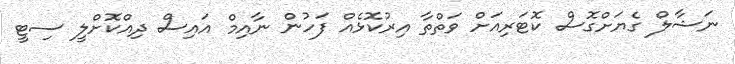
ނަޝާލް ގެޔަށްގޮސް ކޮޓަރިއަށް ވަތްތާ އިރުކޮޅެއް ފަހުން ނާއިމް އައިސް ދިއްކޮށްލީ ސިޓީ